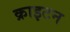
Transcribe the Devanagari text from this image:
क्राइटन